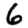
Digit: 6